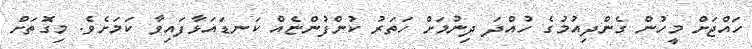
ހައްޖަށް މީހުން ގެންދިއުމުގެ ހުއްދަ ދިނުމަށް ހަތަރު ކުންފުންޏެއް ކަނޑައަޅާފައިވާ ކަމަށެވެ. މިގޮތަށް